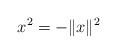
LaTeX: \begin{align*}x^{2}=-\Vert x\Vert ^{2} \end{align*}